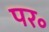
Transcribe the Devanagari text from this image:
पर॰